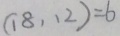
( 1 8 , 1 2 ) = 6